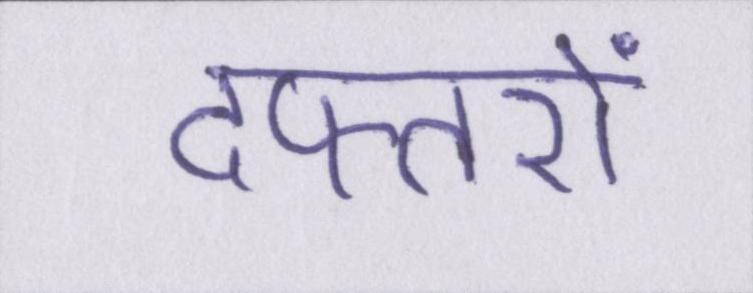
दफ्तरों